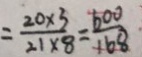
= \frac { 2 0 \times 3 } { 2 1 \times 8 } = \frac { 6 0 0 } { 1 6 8 }